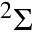
{ } ^ { 2 } \ensuremath { \Sigma }